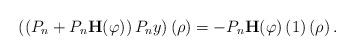
LaTeX: \begin{align*}\left( \left( P_{n}+P_{n}\mathbf{H}(\varphi)\right) P_{n}y\right) \left(\rho\right) =-P_{n}\mathbf{H}(\varphi)\left( 1\right) \left( \rho\right). \end{align*}